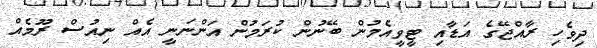
ދިވެހި ރާއްޖޭގެ އަޑާއި ޓީވީއެމުން ބޭނުން ކުރަމުން އަންނަނީ އެއް ނިއުސް ރޫމެއް